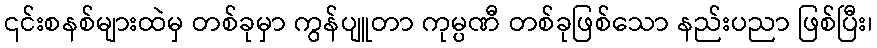
၎င်းစနစ်များထဲမှ တစ်ခုမှာ ကွန်ပျူတာ ကုမ္ပဏီ တစ်ခုဖြစ်သော နည်းပညာ ဖြစ်ပြီး၊